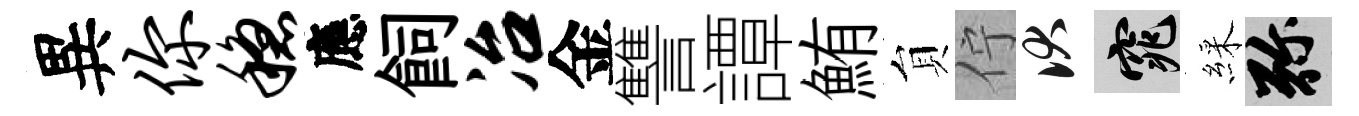
異你稳應飼冶金讐譚鮪貟佇伏窕綵弥